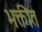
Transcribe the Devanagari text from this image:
भक्तीत